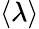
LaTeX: \langle\lambda\rangle